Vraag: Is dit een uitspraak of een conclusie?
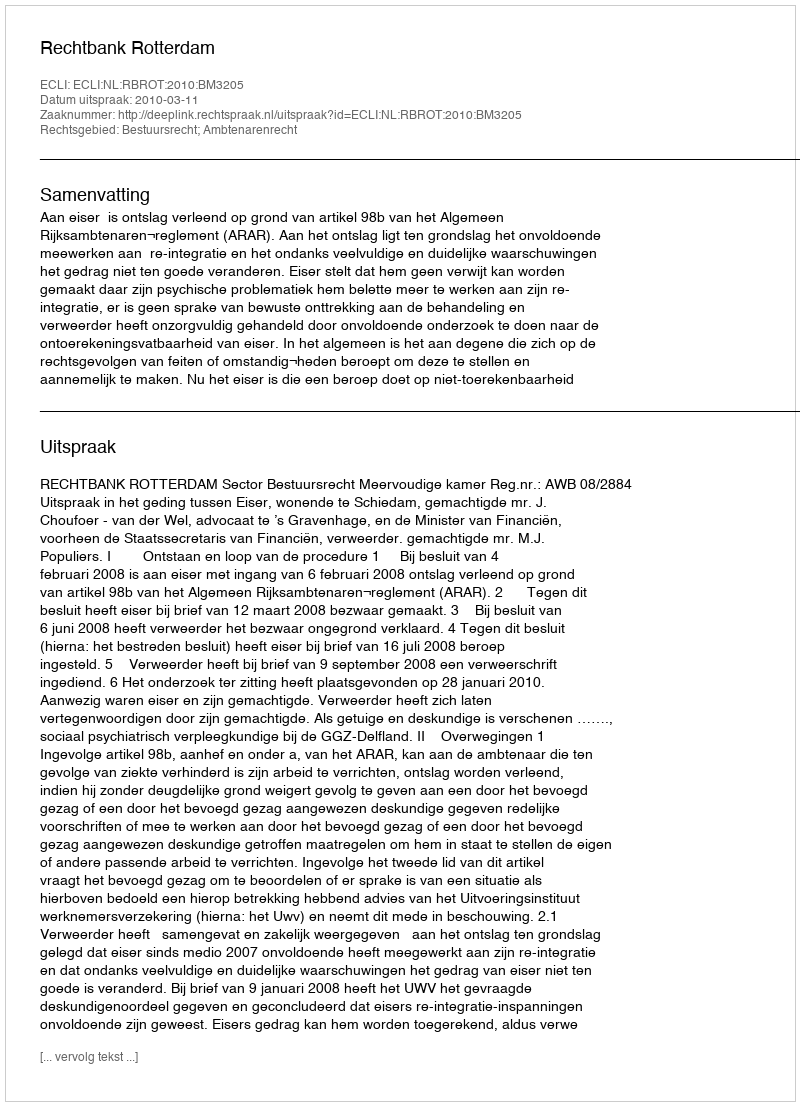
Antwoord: Uitspraak